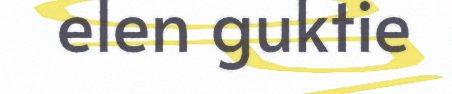
elen guktie